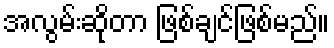
အလွမ်းဆိုတာ ဖြစ်ချင်ဖြစ်မည်။